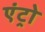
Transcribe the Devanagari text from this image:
एंट्रो